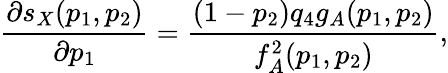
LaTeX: \frac{\partial s_{X}(p_{1},p_{2})}{\partial p_{1}}=\frac{(1-p_{2})q_{4}g_{A}(p_{1},p_{2})}{f_{A}^{2}(p_{1},p_{2})},